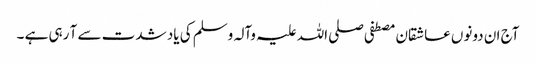
آج ان دونوں عاشقان مصطفی صلی اللہ علیہ وآلہ وسلم کی یاد شدت سے آ رہی ہے ۔